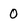
Character: 0